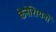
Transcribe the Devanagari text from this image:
केनेशियनों